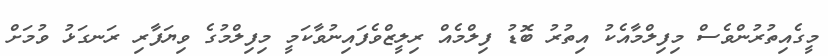
މީގެއިތުރުންވެސް މިފިލްމާއެކު އިތުރު ބޮޑު ފިލްމެއް ރިލީޒްވެފައިނުވާކަމީ މިފިލްމުގެ ވިޔަފާރި ރަނގަޅު ވުމަށް